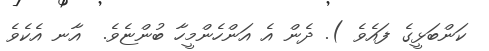
ކަންބަޅީގެ ފައެވެ ). ދެން އެ އަންހެންމީހާ ބުންޏެވެ.  އާނ އެކެވެ